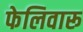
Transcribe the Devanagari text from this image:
फेलिवारू